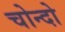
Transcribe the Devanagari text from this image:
चोन्दो